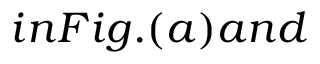
i n F i g . ( a ) a n d